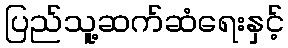
ပြည်သူ့ဆက်ဆံရေးနှင့်